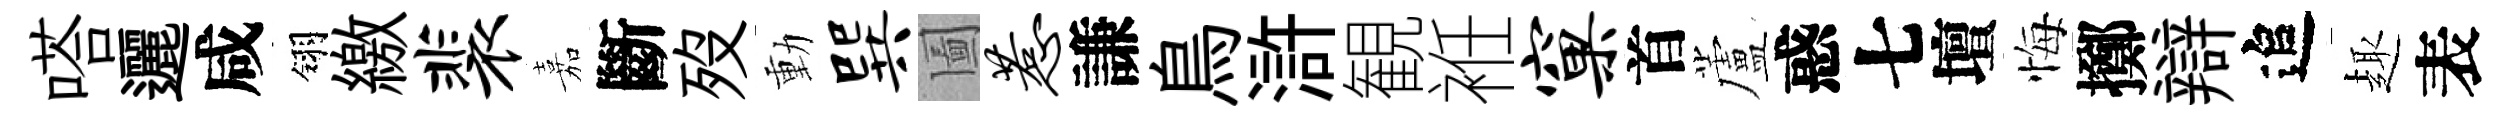
嗒邐咸翎繳裴嘉斷歿動巽圗惹謙鳥滸観袵窠首蘆惑七壇悔擲辯追趣表